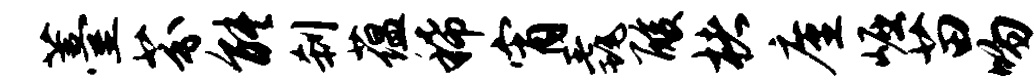
薹芬能刹蕴稀宵毳酸楮廑崛苗吻